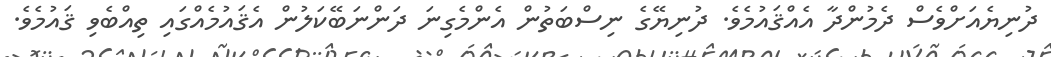
ދުނިޔެއަށްވެސް ދެމުންދާ އެއްޤައުމެވެ. ދުނިޔޭގެ ނިސްބަތުން އެންމެގިނަ ދަންނަބޭކަލުން އެޤައުމެއްގައި ތިއްބެވި ޤައުމެވެ.